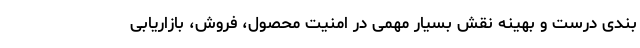
‌بندی درست و بهینه نقش بسیار مهمی در امنیت محصول، فروش، بازاریابی